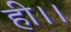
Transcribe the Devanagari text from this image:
ही।।